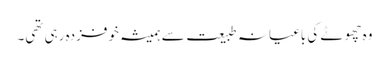
وہ چھوٹے کی باغیانہ طبیعت سے ہمیشہ خوفزدہ رہی تھی۔